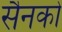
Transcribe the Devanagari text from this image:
सैनको